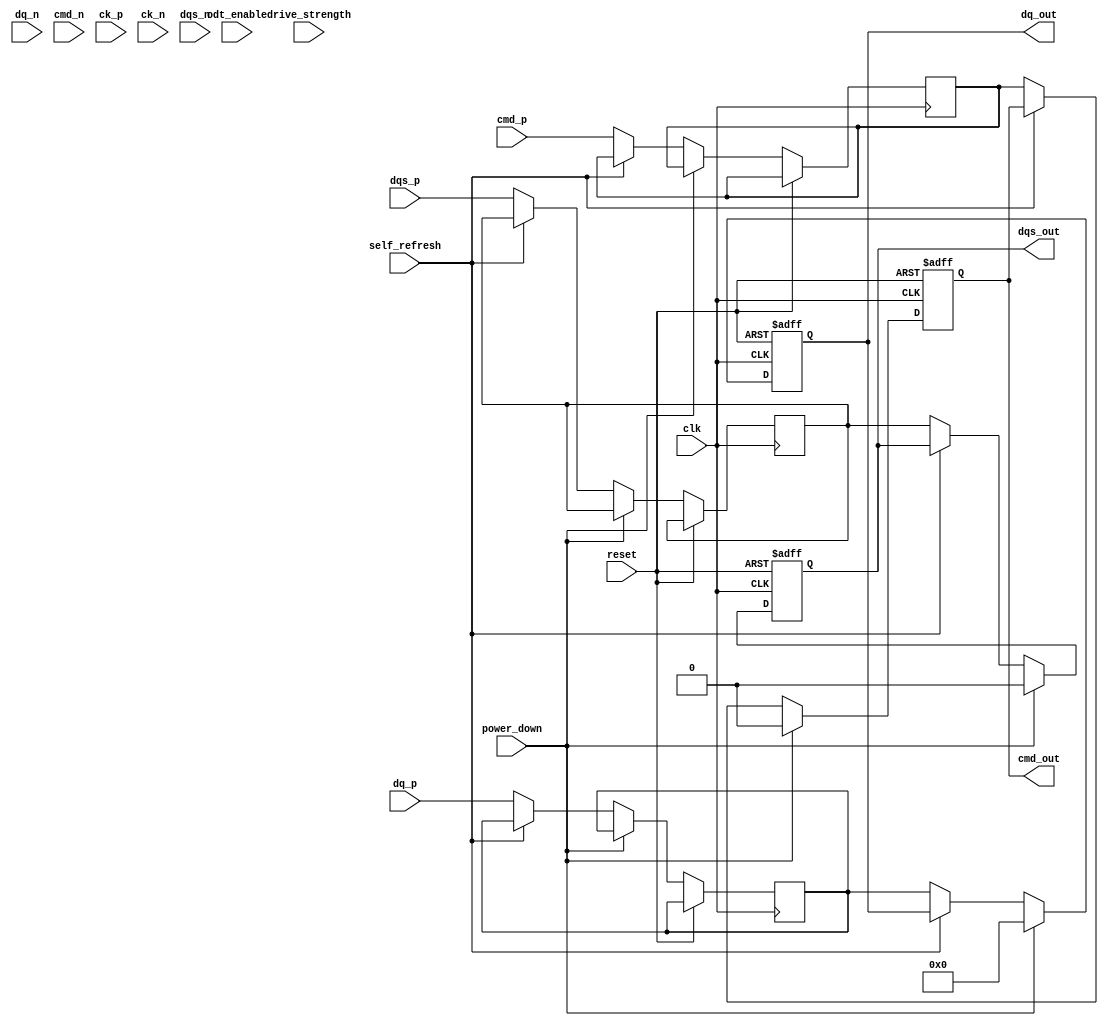
module lpddr4_io_block (
    // Differential input/output pads
    input wire [DQ_WIDTH-1:0] dq_p,      // DQ positive
    input wire [DQ_WIDTH-1:0] dq_n,      // DQ negative
    input wire cmd_p,                    // CMD positive
    input wire cmd_n,                    // CMD negative
    input wire ck_p,                     // CK positive
    input wire ck_n,                     // CK negative
    input wire dqs_p,                    // DQS positive
    input wire dqs_n,                    // DQS negative
    
    // Configuration interface
    input wire [1:0] drive_strength,     // Drive strength configuration
    input wire odt_enable,                // On-die termination enable
    input wire power_down,                // Power down mode
    input wire self_refresh,              // Self-refresh mode

    // Control signals
    input wire clk,                       // System clock
    input wire reset,                     // Reset signal
    output reg [DQ_WIDTH-1:0] dq_out,    // DQ output
    output reg dqs_out,                   // DQS output
    output reg cmd_out                    // CMD output
);

parameter DQ_WIDTH = 8; // Example width, can be adjusted

// Internal signals
reg [DQ_WIDTH-1:0] dq_in;
reg dqs_in;
reg cmd_in;

// Power management logic
always @(posedge clk or posedge reset) begin
    if (reset) begin
        dq_out <= 0;
        dqs_out <= 0;
        cmd_out <= 0;
    end else if (power_down) begin
        dq_out <= 0; // Drive outputs low in power down
        dqs_out <= 0;
        cmd_out <= 0;
    end else if (self_refresh) begin
        // Self-refresh logic here
    end else begin
        // Data transfer logic
        dq_in <= {dq_n[DQ_WIDTH-1:0], dq_p[DQ_WIDTH-1:0]};
        dqs_in <= dqs_p; // Assuming DQS positive is used for sampling
        cmd_in <= cmd_p; // Assuming CMD positive is used
        
        // Drive strength and ODT handling
        if (odt_enable) begin
            // ODT logic
        end
        
        // Output assignments
        dq_out <= dq_in; // For simplicity, direct mapping here
        dqs_out <= dqs_in;
        cmd_out <= cmd_in;
    end
end

// Error Detection and Correction (ECC) can be implemented here
// CRC logic can also be added here

endmodule